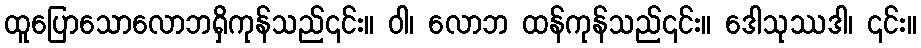
ထူပြောသောလောဘရှိကုန်သည်၎င်း။ ဝါ၊ လောဘ ထန်ကုန်သည်၎င်း။ ဒေါသုဿဒါ၊ ၎င်း။